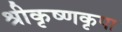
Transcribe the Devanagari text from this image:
श्रीकृष्णकृपा